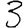
Digit: 3